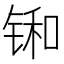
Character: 𫓼